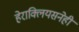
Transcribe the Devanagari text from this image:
हेराक्लियसनेही